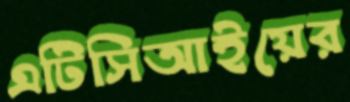
এটিসিআইয়ের